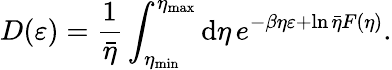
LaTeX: D(\varepsilon)=\frac{1}{\bar{\eta}}\int_{\eta_{\mathrm{min}}}^{\eta_{\mathrm{max}}}\mathrm{d}\eta\, e^{-\beta\eta\varepsilon+\ln\bar{\eta}F(\eta)}.